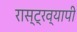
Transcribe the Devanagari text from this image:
रास्ट्रव्यापी